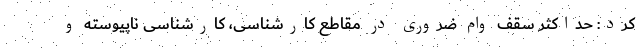
کرد: حداکثر سقف وام ضروری در مقاطع کارشناسی، کارشناسی ناپیوسته و